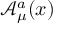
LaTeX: { \mathcal { A } } _ { \mu } ^ { a } ( x )